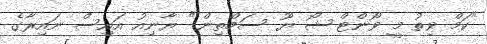
"ކަމް ވިތު މީ ވޯންޓް ޝޯ ޔޫ ސަމްތިން." ޔާނިއު އައިސް ނައިރާގެ